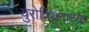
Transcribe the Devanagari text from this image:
युरोपियनाच्या